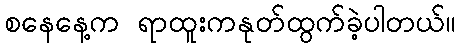
စနေနေ့က ရာထူးကနုတ်ထွက်ခဲ့ပါတယ်။